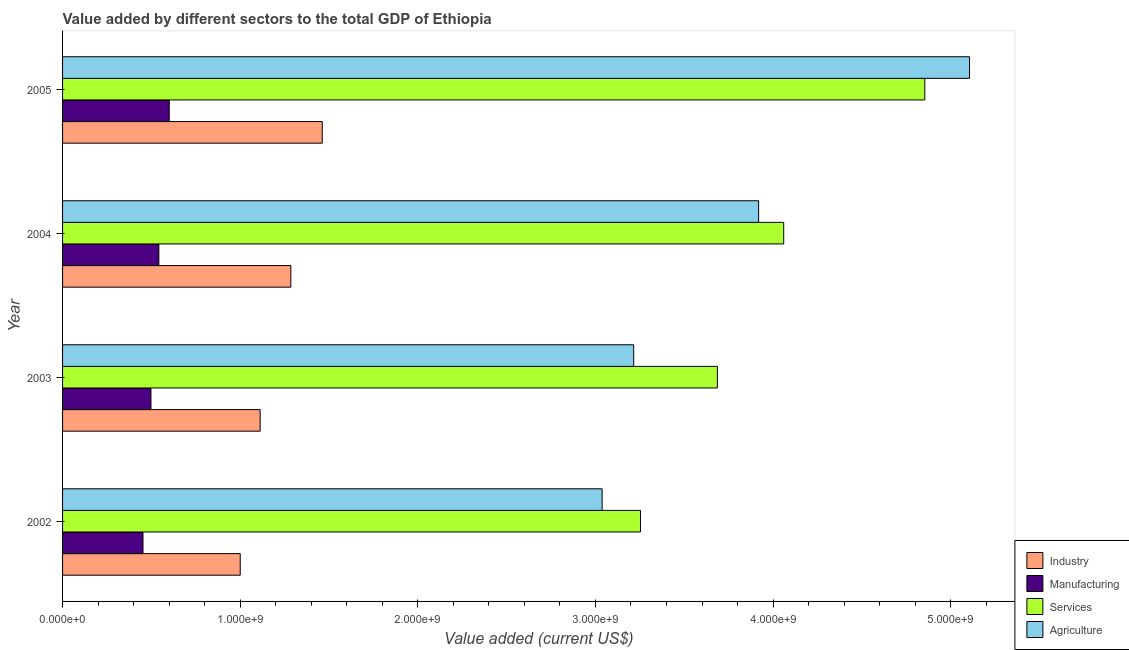
| Year | Industry | Manufacturing | Services | Agriculture |
 | --- | --- | --- | --- | --- |
 | 2002 | 1e+09 | 4.53e+08 | 3.25e+09 | 3.04e+09 |
 | 2003 | 1.11e+09 | 4.98e+08 | 3.69e+09 | 3.22e+09 |
 | 2004 | 1.29e+09 | 5.42e+08 | 4.06e+09 | 3.92e+09 |
 | 2005 | 1.46e+09 | 6.01e+08 | 4.85e+09 | 5.11e+09 |